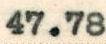
47.78